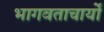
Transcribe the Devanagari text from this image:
भागवताचार्यों